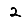
Digit: 2